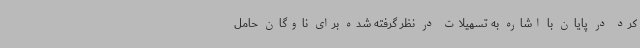
کرد در پایان با اشاره به تسهیلات در نظر گرفته شده برای ناوگان حامل